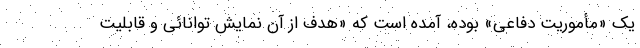
یک «مأموریت دفاعی» بوده، آمده است که «هدف از آن نمایش توانائی و قابلیت